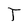
Character: T